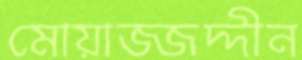
মোয়াজ্জদ্দীন